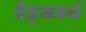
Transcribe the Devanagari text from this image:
वैड्सवर्थ